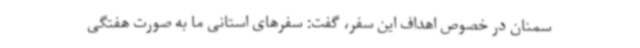
سمنان در خصوص اهداف این سفر، گفت: سفرهای استانی ما به صورت هفتگی